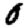
Digit: 0